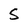
Character: S